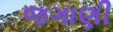
જગાણી